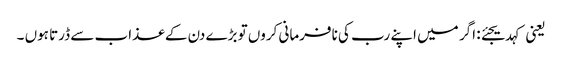
یعنی کہدیجئے: اگر میں اپنے رب کی نافرمانی کروں تو بڑے دن کے عذاب سے ڈرتا ہوں ۔